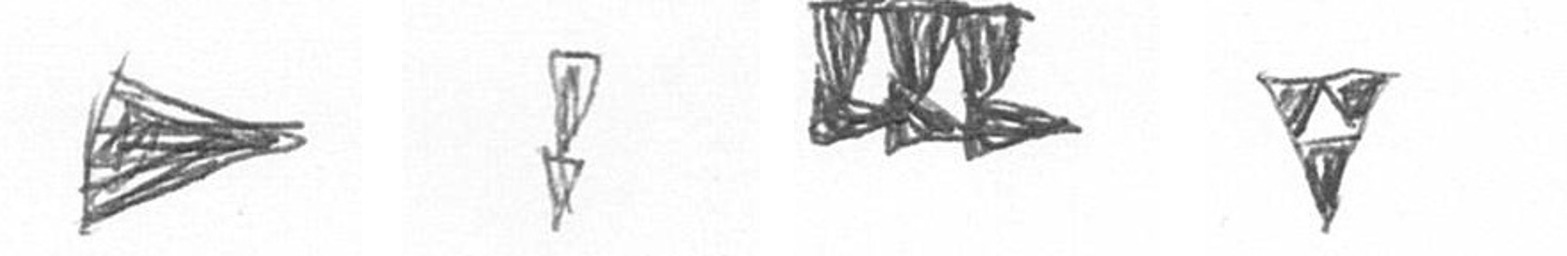
T Z D S